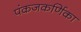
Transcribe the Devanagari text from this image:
पंकजकर्णिका